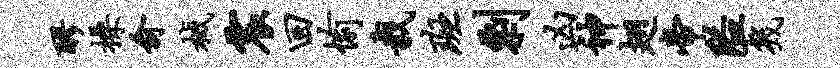
醪操俞械震回愉栽斑剽凶神翅帝隘几